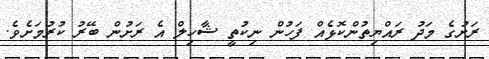
ރަށުގެ މަދު ރައްޔިތުންކޮޅެއް ފަހުން ނިކުތީ ޝާހިލް އެ ރަށުން ބޭރު ކުރުމަށެވެ.